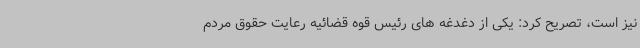
نیز است، تصریح کرد: یکی از دغدغه های رئیس قوه قضائیه رعایت حقوق مردم